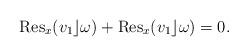
LaTeX: \begin{align*}\mathrm{Res}_{x}(v_{1} \rfloor \omega ) + \mathrm{Res}_{x}(v_{1} \rfloor \omega) =0.\end{align*}